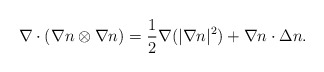
\begin{align*} \nabla\cdot (\nabla n\otimes \nabla n) = \frac{1}{2}\nabla (|\nabla n|^2) + \nabla n \cdot \Delta n .\end{align*}